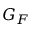
G _ { F }